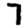
Digit: 7